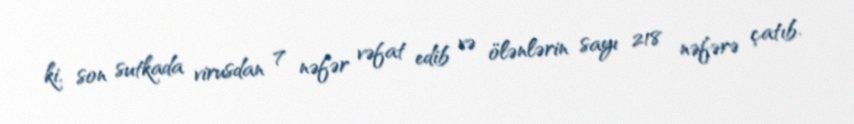
ki, son sutkada virusdan 7 nəfər vəfat edib və ölənlərin sayı 218 nəfərə çatıb.